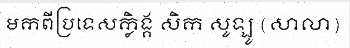
មកពីប្រទេសក្លិង្គ សិក សូឡូ (សាលា)